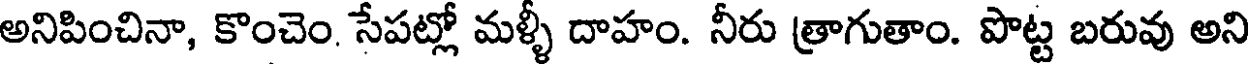
అనిపించినా, కొంచెం. సేపట్లో మళ్ళీ దాహం. నీరు త్రాగుతాం. పొట్ట బరువు అని